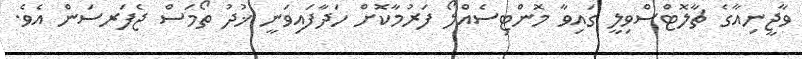
ވާޖީނިއާގެ ޗާލޮޓްސްވިލީ ގައިވާ މޮންޓިސެއްލޯ ފަރުމާކޮށް ހަދާފައިވަނީ ޚުދު ތޯމަސް ޖެފަރސަން އެވެ.